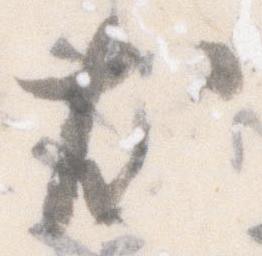
尤